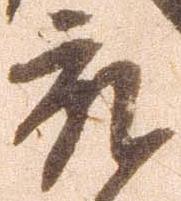
被